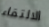
الالتقاء